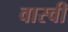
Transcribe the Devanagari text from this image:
वास्वी